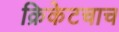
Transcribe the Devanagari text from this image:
क्रिकेटचाच